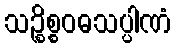
သဉ္စိစ္စဝဓသပ္ပါဏံ